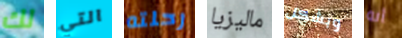
لك التي رحلته ماليزيا وبشكل أنه